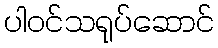
ပါဝင်သရုပ်ဆောင်